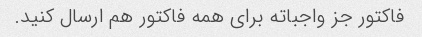
فاکتور جز واجباته برای همه فاکتور هم ارسال کنید.